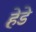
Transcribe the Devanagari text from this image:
हेडे